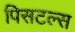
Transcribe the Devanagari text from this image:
पिसटल्स